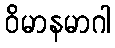
ဝိမာနမာဂါ